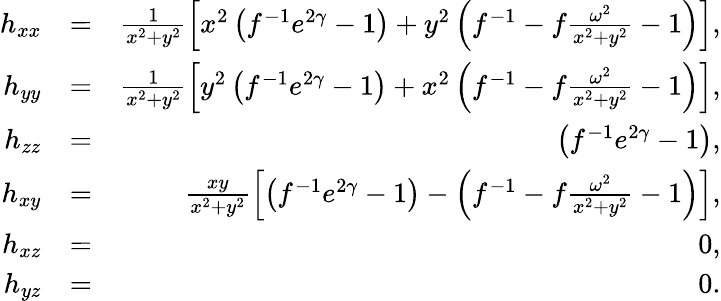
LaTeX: \begin{array}{rlr}{h_{xx}}&{=}&{\frac{1}{x^{2}+y^{2}}\left[x^{2}\left(f^{-1}e^{2\gamma}-1\right)+y^{2}\left(f^{-1}-f\frac{\omega^{2}}{x^{2}+y^{2}}-1\right)\right],}\\ {h_{yy}}&{=}&{\frac{1}{x^{2}+y^{2}}\left[y^{2}\left(f^{-1}e^{2\gamma}-1\right)+x^{2}\left(f^{-1}-f\frac{\omega^{2}}{x^{2}+y^{2}}-1\right)\right],}\\ {h_{zz}}&{=}&{\left(f^{-1}e^{2\gamma}-1\right),}\\ {h_{xy}}&{=}&{\frac{xy}{x^{2}+y^{2}}\left[\left(f^{-1}e^{2\gamma}-1\right)-\left(f^{-1}-f\frac{\omega^{2}}{x^{2}+y^{2}}-1\right)\right],}\\ {h_{xz}}&{=}&{0,}\\ {h_{yz}}&{=}&{0.}\end{array}